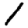
Digit: 1